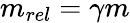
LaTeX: m_{rel}=\gamma m